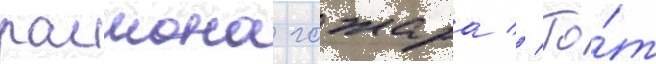
раимона гожара // То́т